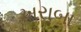
ખરાબા